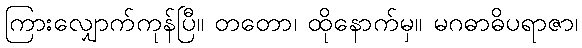
ကြားလျှောက်ကုန်ပြီ။ တတော၊ ထိုနောက်မှ။ မဂဓာဓိပရာဇာ၊